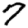
Digit: 7